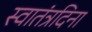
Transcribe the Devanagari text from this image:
स्वातंत्रदिना